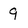
Character: 9